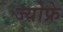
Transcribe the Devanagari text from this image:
ज्योफ्रे